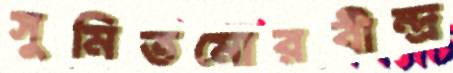
সুমিতমোরবীন্দ্র